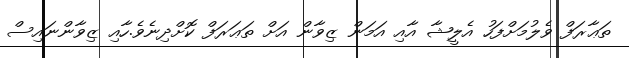
ތަޢާރަފް ވެލުމަށްފަހު އެލީޝާ އާއި އަމަން ޒިވާން އަށް ތަޢަރަފް ކޮށްދިނެވެ.ހާއި ޒިވާންނައިސް